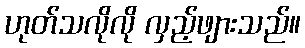
ဟုတ်သလိုလို လှည့်ဖျားသည်။